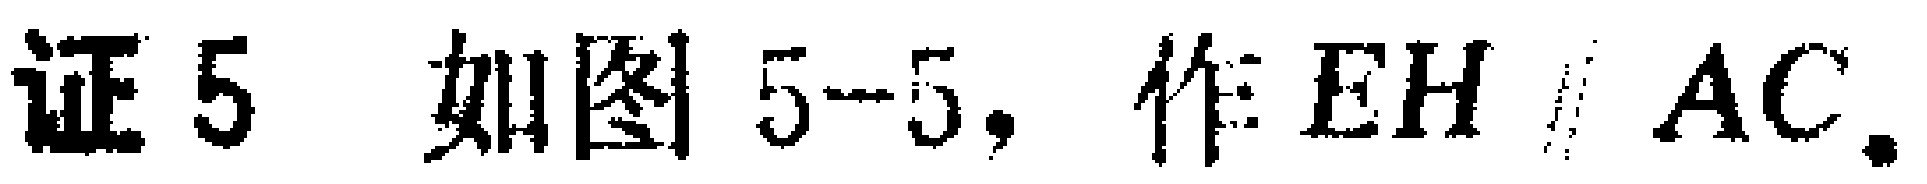
证5 如图5-5，作\(EH\parallel AC\)。